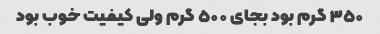
۳۵۰ گرم بود بجای ۵۰۰ گرم ولی کیفیت خوب بود